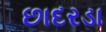
છાદરડા